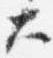
大